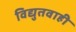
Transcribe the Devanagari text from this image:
विद्युतवाही